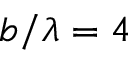
b / \lambda = 4